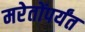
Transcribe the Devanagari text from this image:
मरेतोंपर्यंत